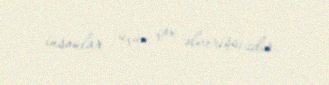
insanlar üçün çox əlverişsizdir.